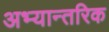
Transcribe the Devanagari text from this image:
अभ्यान्तरिक